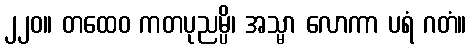
၂၂၀။ တထေဝ ကတပုညမ္ပိ၊ အသ္မာ လောကာ ပရံ ဂတံ။